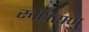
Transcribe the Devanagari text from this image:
रुधिराणु